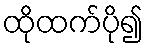
ထိုထက်ပို၍